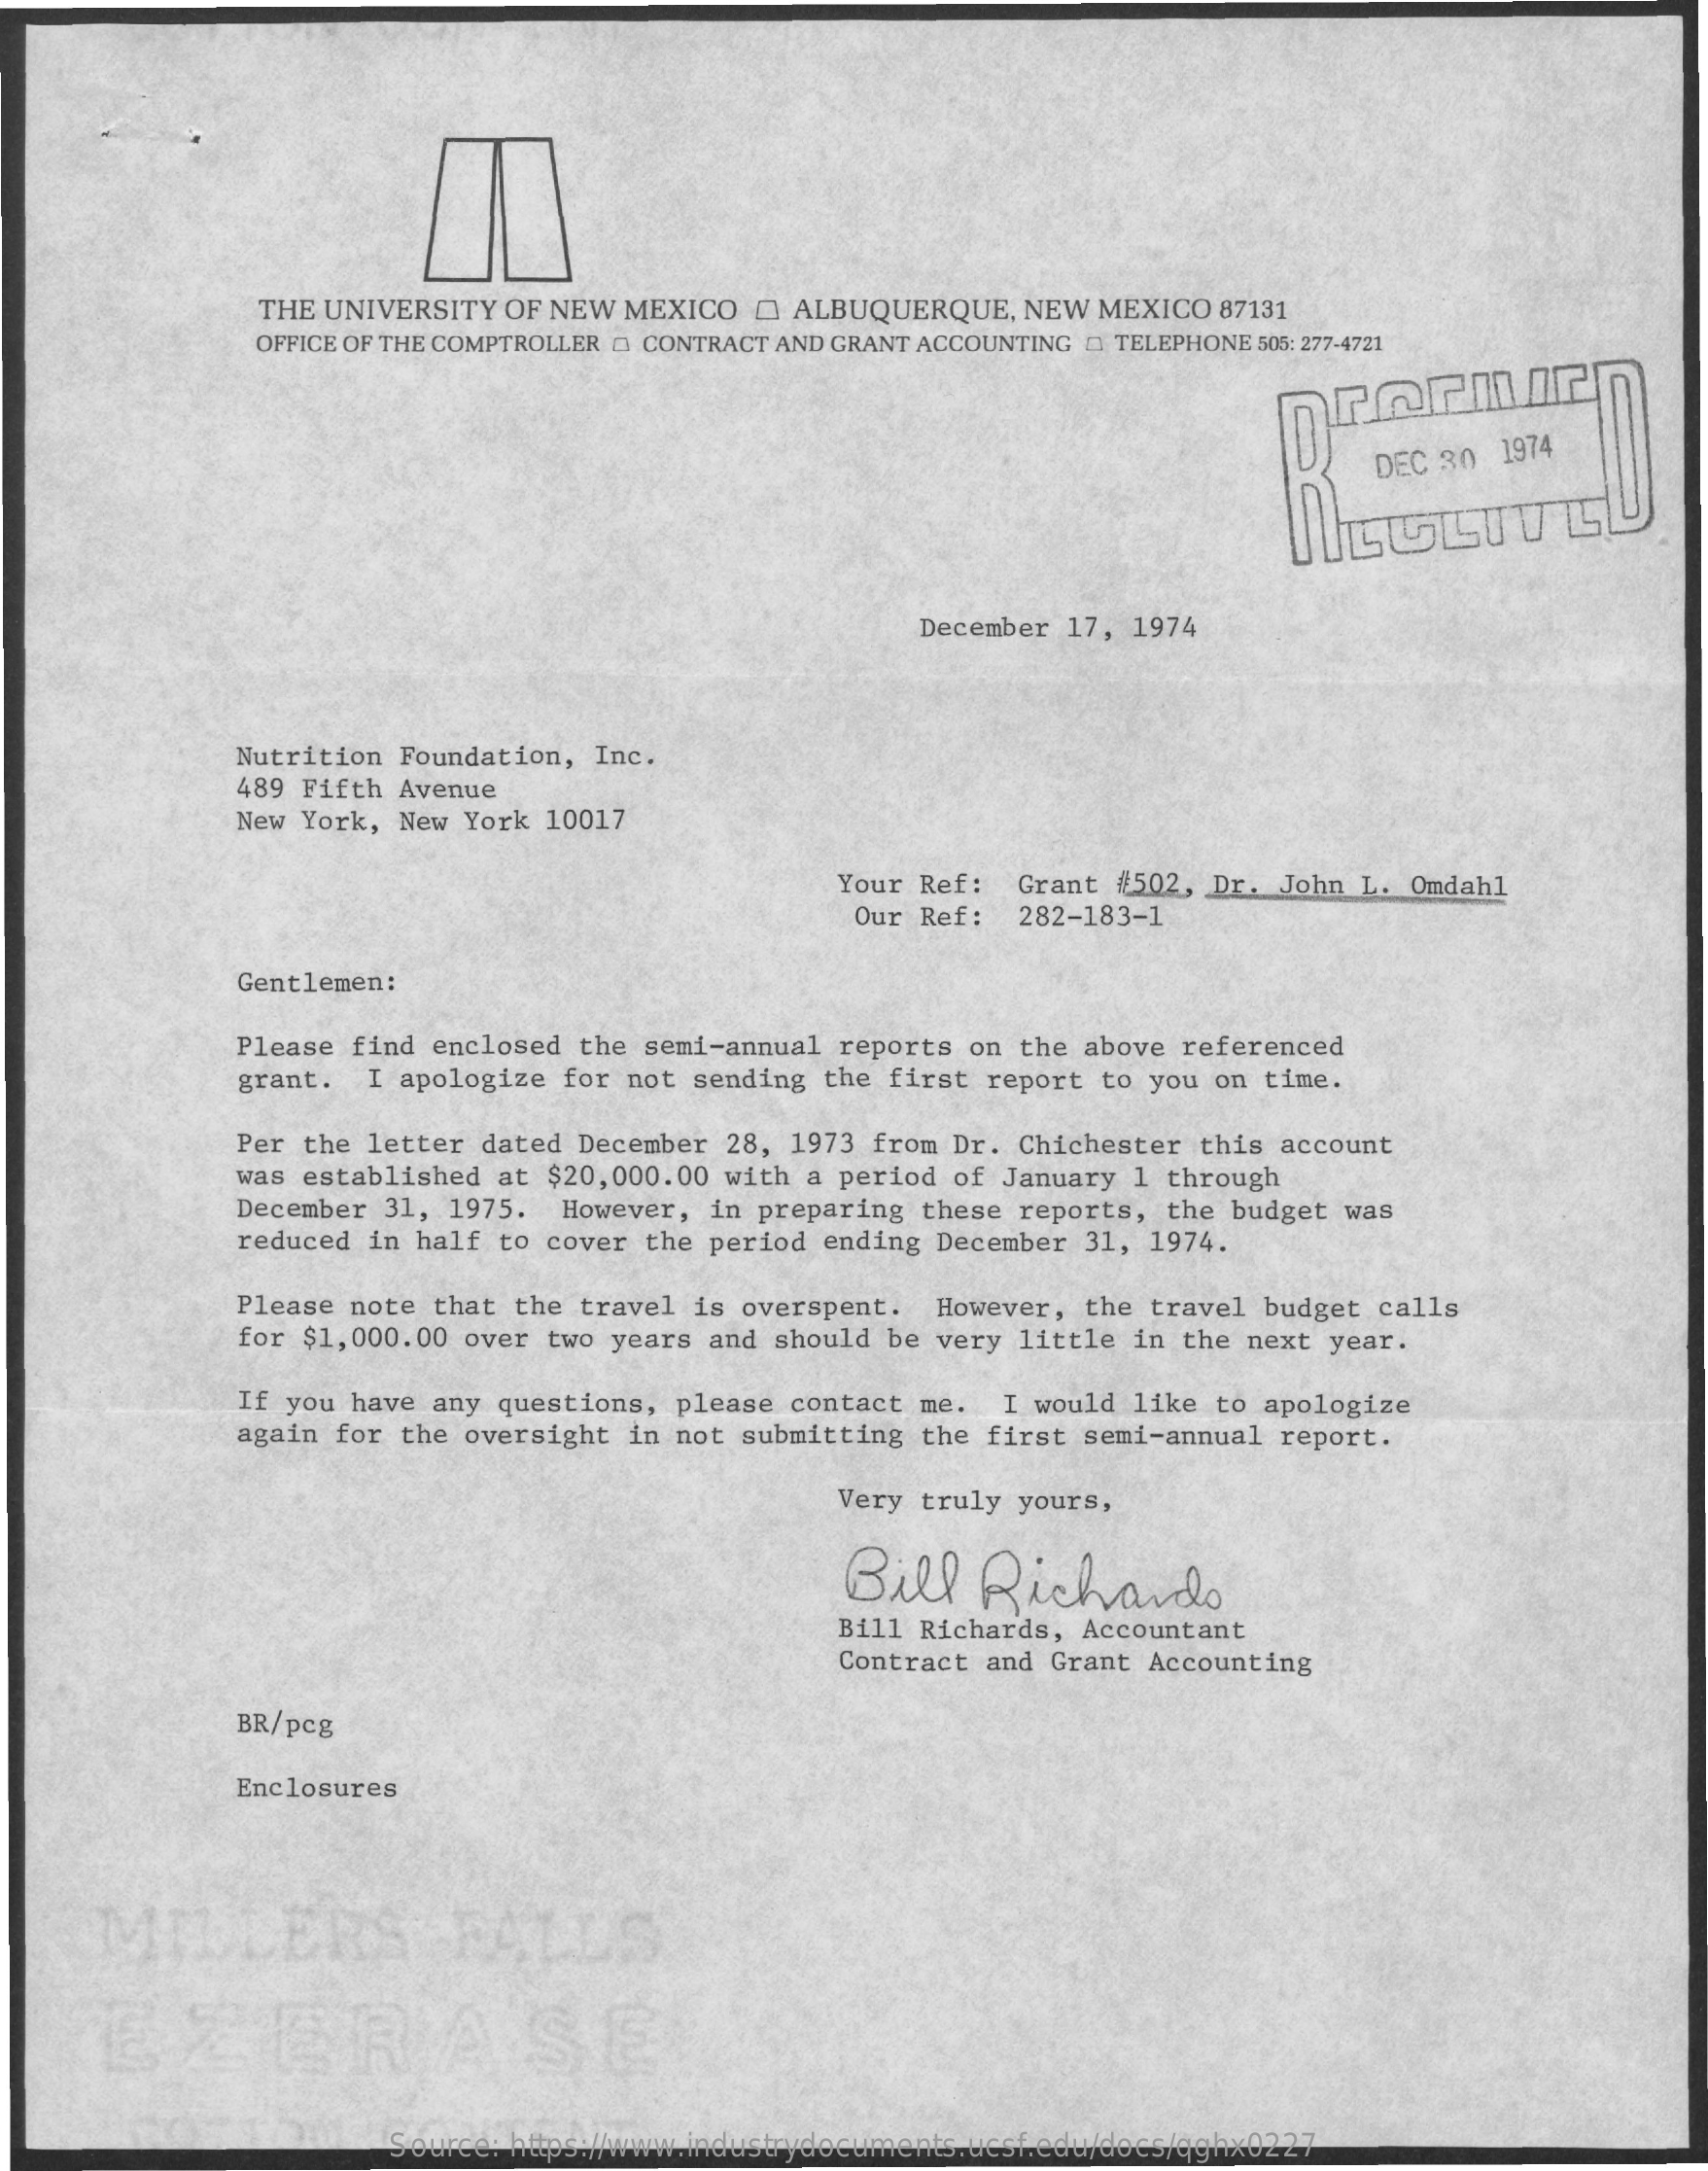
THE UNIVERSITY OF NEW MEXICO  O  ALBUQUERQUE,  NEW  MEXICO  87131
     OFFICE OF THE COMPTROLLER & CONTRACT AND GRANT ACCOUNTING & TELEPHONE 505: 277-4721
     DEC 30  1974
     ILGLITE
     December 17, 1974
     Nutrition Foundation,  Inc.
     489 Fifth Avenue
     New York, New York 10017
     Your Ref:  Grant #502, Dr. John  L. Omdahl
     Our Ref:  282-183-1
     Gentlemen:
     Please find enclosed the  semi-annual reports on the above referenced
     grant.  I apologize for  not sending the first report to you on  time.
     Per the letter dated December  28, 1973 from Dr. Chichester  this account
     was established at $20, 000.00 with a period of January 1 through
     December 31, 1975.  However,  in preparing these reports,  the budget was
     reduced in half to cover  the period ending December 31, 1974.
     Please note that the  travel is overspent.  However, the travel  budget calls
     for $1,000.00 over two years  and should be very little in the next  year.
     If you have any questions,  please contact me.  I would like  to apologize
     again for the oversight  in not submitting the first semi-annual  report.
     Very truly yours,
     Bill    Richards
     Bill Richards, Accountant
     Contract and Grant Accounting
     BR/pcg
     Enclosures
     MILLERS    FALLS
     EZERASE
     Source: https://www.industrydocuments.ucsf.edu/docs/qghx0227